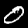
Label: 0